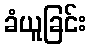
ခံယူခြင်း